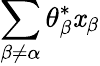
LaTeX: \sum_{\beta\ne\alpha}\theta_{\beta}^{*}\mathit{x}_{\beta}